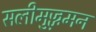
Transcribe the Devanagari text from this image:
सलीमुज्ज़मन